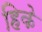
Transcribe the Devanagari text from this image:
हिके